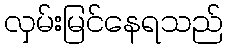
လှမ်းမြင်နေရသည်